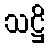
သဋ္ဌိ